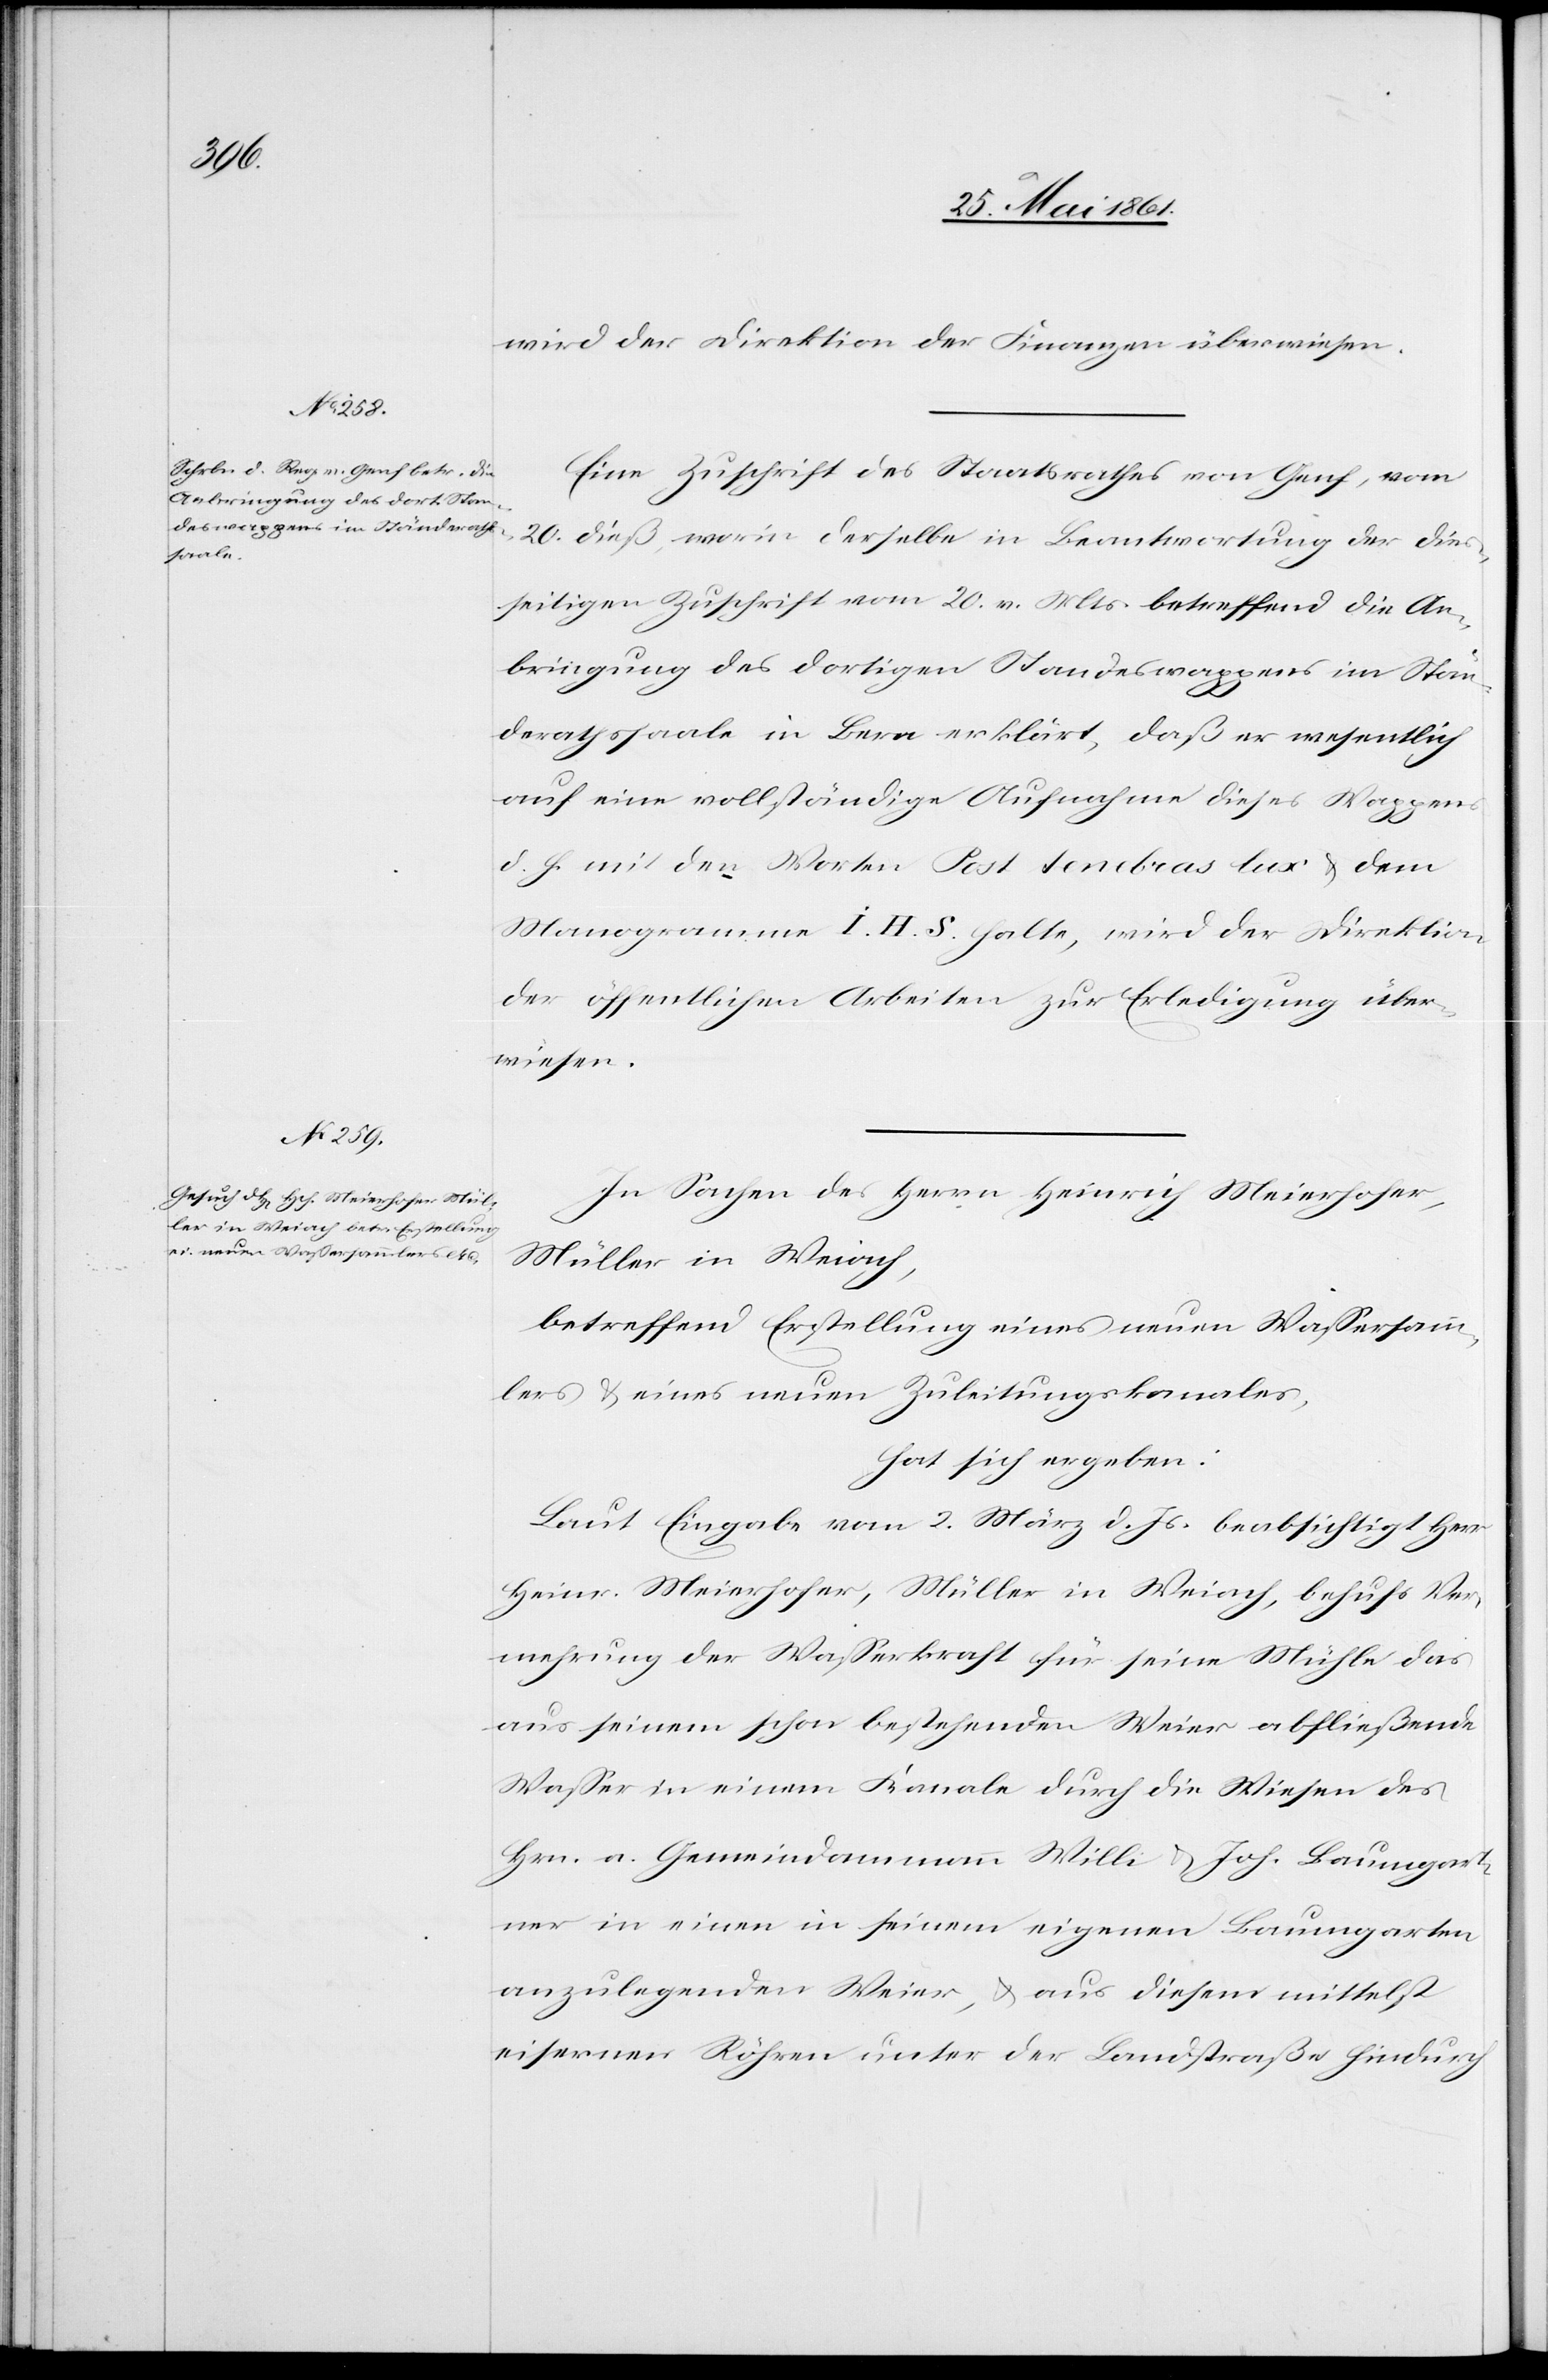
wird der Direktion der Finanzen überwiesen.
Eine Zuschrift des Staatsrathes von Genf, vom
20. dieß, worin derselbe in Beantwortung der dies¬
seitigen Zuschrift vom 20. v. Mts. betreffend die An¬
bringung des dortigen Standeswappens im Stän¬
derathssaale in Bern erklärt, daß er wesentlich
auf eine vollständige Aufnahme dieses Wappens
d. h. mit den Worten Post tenebras lux u. dem
Manogramme [sic!] i. H. S. halte, wird der Direktion
der öffentlichen Arbeiten zur Erledigung über¬
wiesen.
In Sachen des Herrn Heinrich Meierhofer,
Müller in Weiach,
betreffend Erstellung eines neuen Wassersamm¬
lers u. eines neuen Zuleitungskanales,
hat sich ergeben:
Laut Eingabe vom 2. März d. Js. beabsichtigt Herr
Heinr. Meierhofer, Müller in Weiach, behufs Ver¬
mehrung der Wasserkraft für seine Mühle das
aus seinem schon bestehenden Weier abfließende
Wasser in einem Kanale durch die Wiesen der
Hrn. a. Gemeindammann Willi u. Joh. Baumgart¬
ner in einen in seinem eigenen Baumgarten
anzulegenden Weier, u. aus diesem mittelst
eisernen Röhren unter der Landstraße hindurch